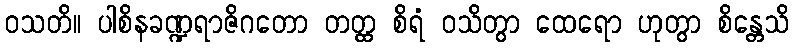
ဝသတိ။ ပါစိနခဏ္ဍရာဇိဂတော တတ္ထ စိရံ ဝသိတွာ ထေရော ဟုတွာ စိန္တေသိ